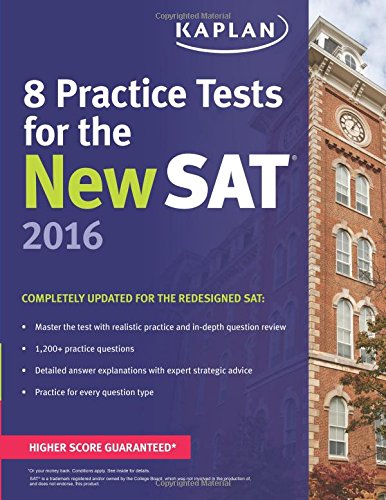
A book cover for Kaplan 8 Practice Tests for the New SAT 2016 (Kaplan Test Prep); Kaplan; Test Preparation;